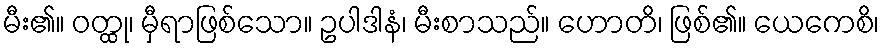
မီး၏။ ဝတ္ထု၊ မှီရာဖြစ်သော။ ဥပါဒါနံ၊ မီးစာသည်။ ဟောတိ၊ ဖြစ်၏။ ယေကေစိ၊